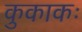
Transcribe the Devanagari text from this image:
कुकाकः